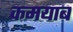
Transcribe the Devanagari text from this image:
कमयाब